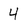
Character: 4